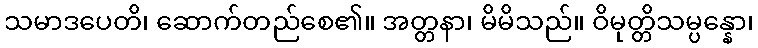
သမာဒပေတိ၊ ဆောက်တည်စေ၏။ အတ္တနာ၊ မိမိသည်။ ဝိမုတ္တိသမ္ပန္နော၊